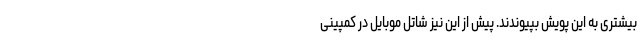
بیشتری به این پویش بپیوندند. پیش از این نیز شاتل موبایل در کمپینی